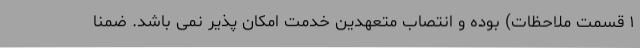
۱ قسمت ملاحظات) بوده و انتصاب متعهدین خدمت امکان پذیر نمی باشد. ضمنا